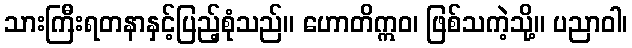
သားကြီးရတနာနှင့်ပြည့်စုံသည်။ ဟောတိဣဝ၊ ဖြစ်သကဲ့သို့။ ပညာဝါ၊